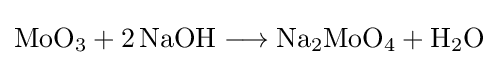
{\mathrm {MoO} {\vphantom {A}}_{\smash[{t}]{3}}{}+{}2\,\mathrm {NaOH} {}\mathrel {\longrightarrow } {}\mathrm {Na} {\vphantom {A}}_{\smash[{t}]{2}}\mathrm {MoO} {\vphantom {A}}_{\smash[{t}]{4}}{}+{}\mathrm {H} {\vphantom {A}}_{\smash[{t}]{2}}\mathrm {O} }